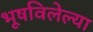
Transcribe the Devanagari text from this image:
भूषविलेल्‍या